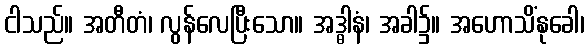
ငါသည်။ အတီတံ၊ လွန်လေပြီးသော။ အဒ္ဓါနံ၊ အခါ၌။ အဟောသိံနုခေါ၊